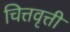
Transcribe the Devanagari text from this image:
चित्तवृत्ती